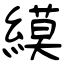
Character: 縸